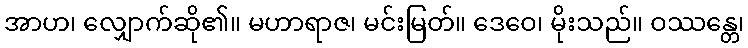
အာဟ၊ လျှောက်ဆို၏။ မဟာရာဇ၊ မင်းမြတ်။ ဒေဝေ၊ မိုးသည်။ ဝဿန္တေ၊